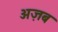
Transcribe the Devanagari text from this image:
अज़ब